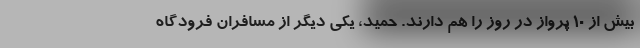
بیش از ۱۰ پرواز در روز را هم دارند. حمید، یکی دیگر از مسافران فرودگاه